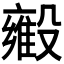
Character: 𬆳